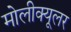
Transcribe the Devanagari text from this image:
मोलीक्यूलर